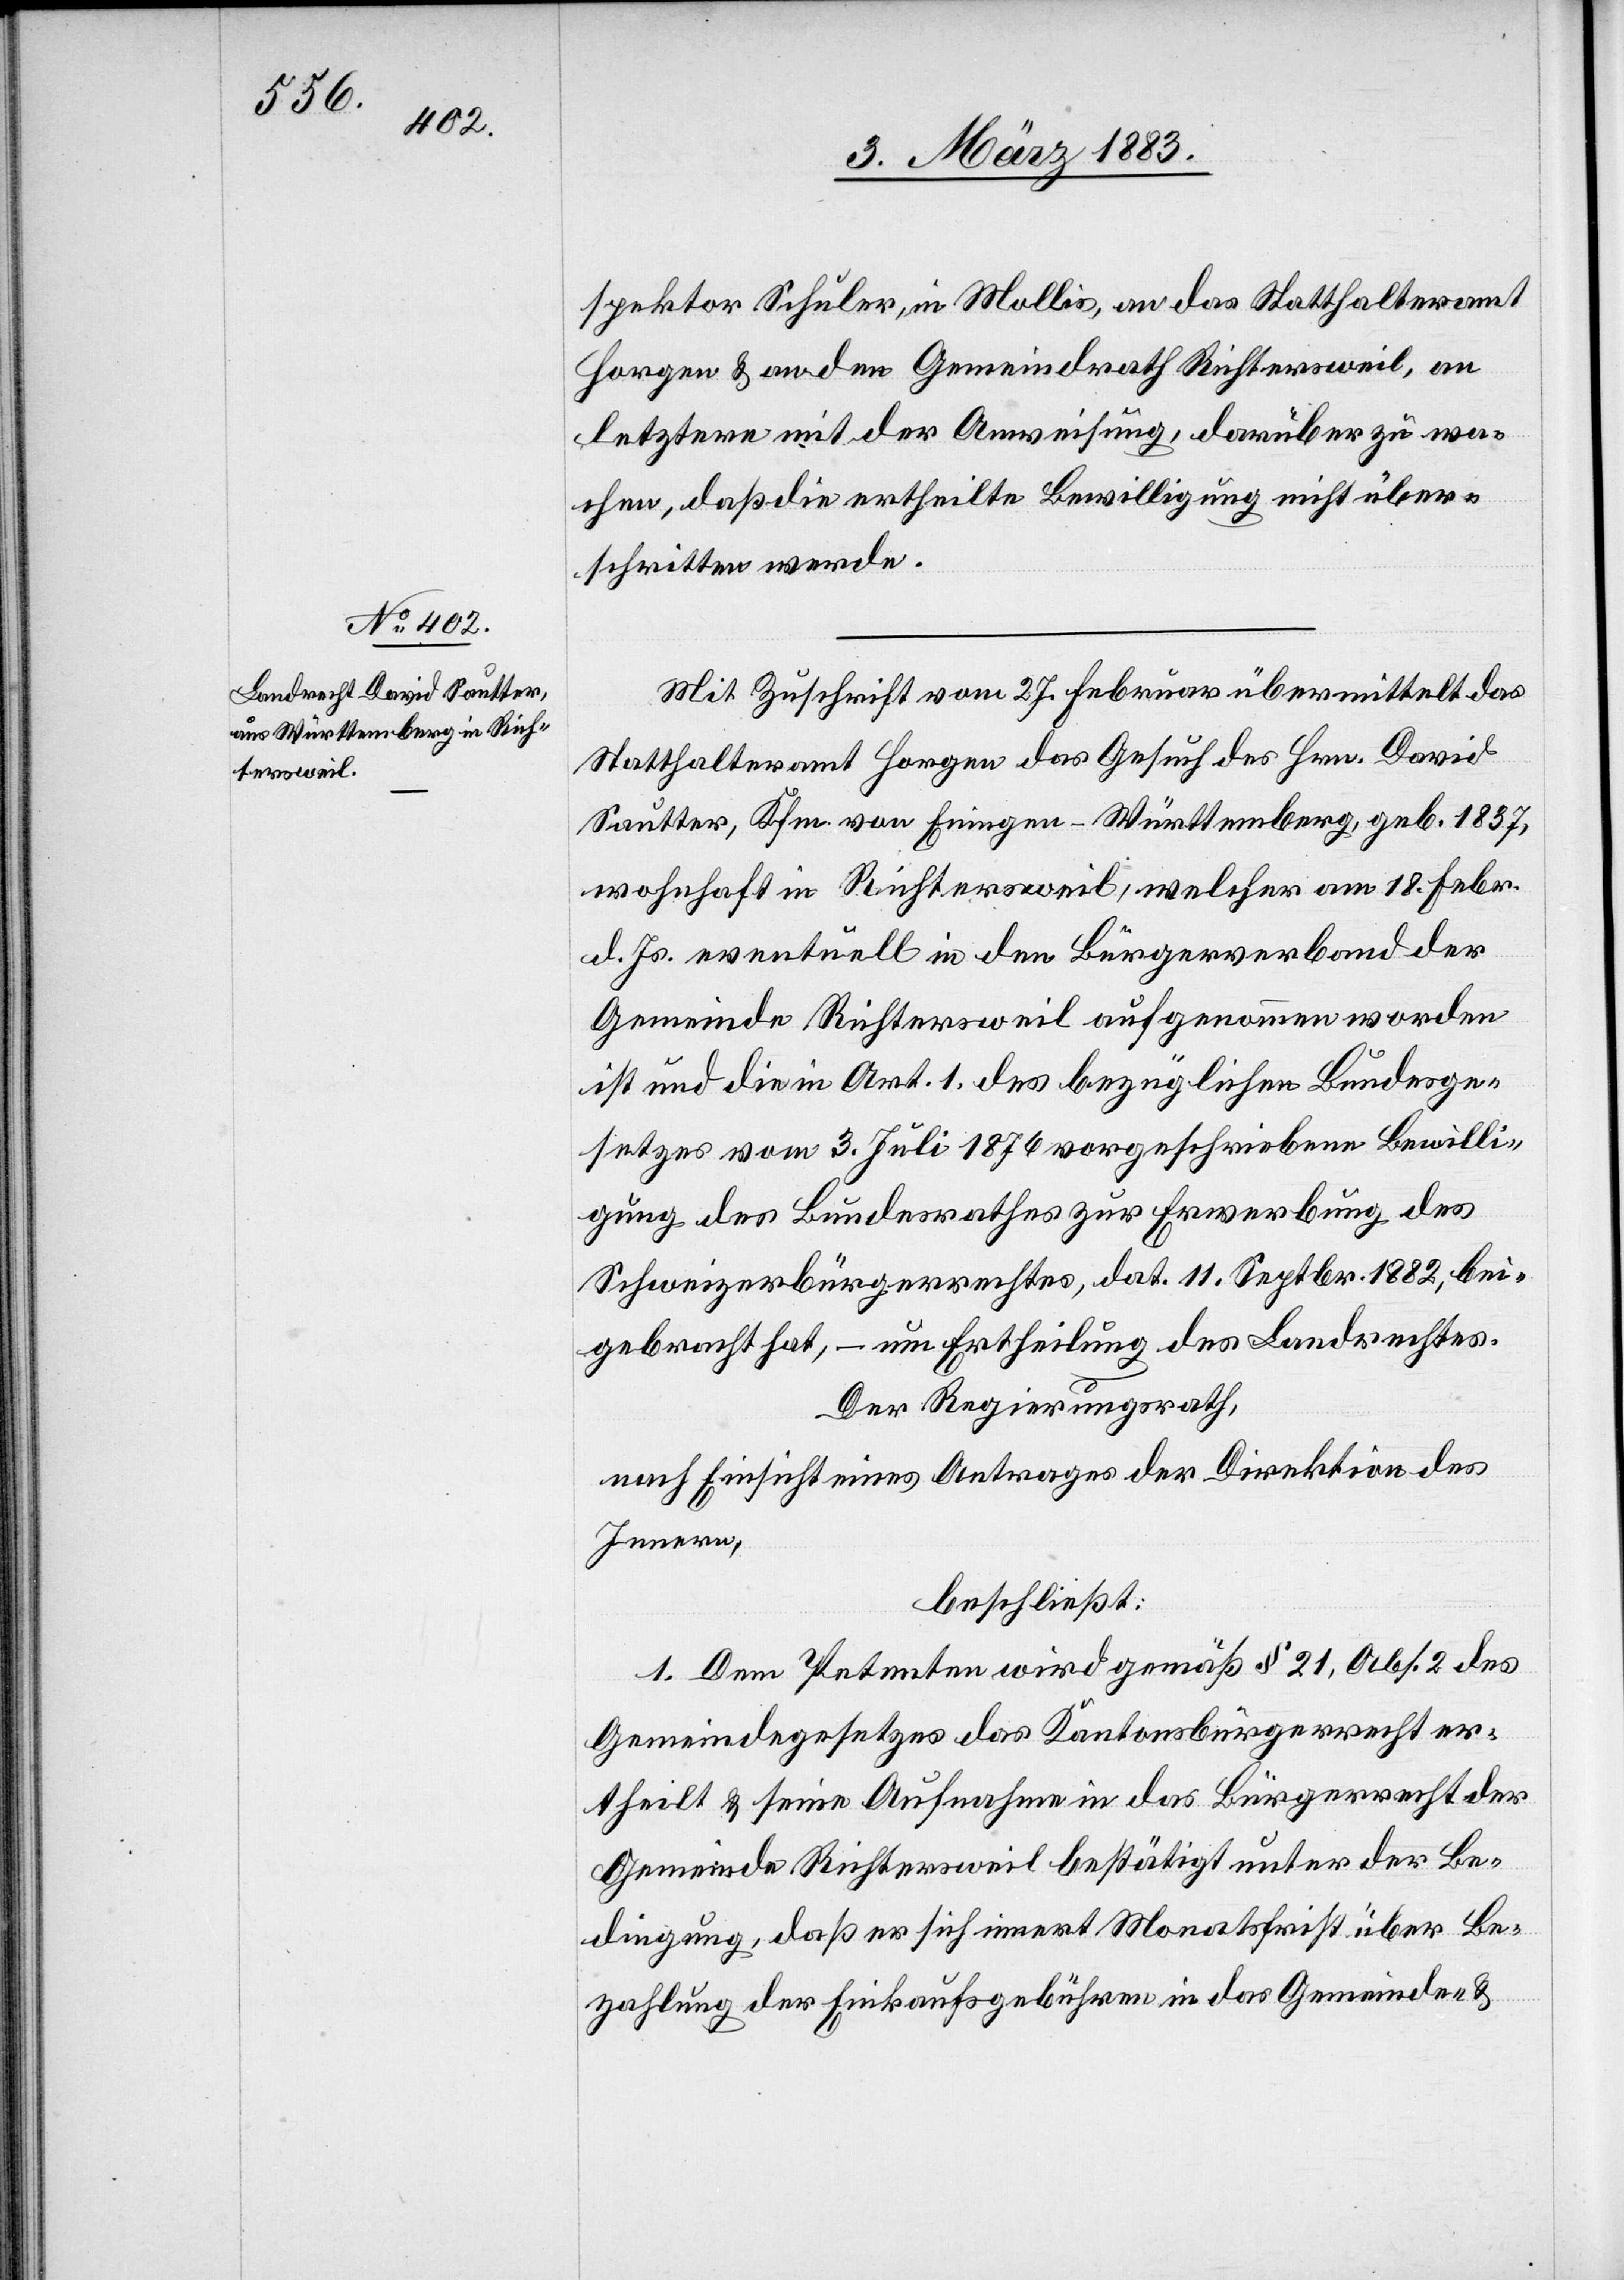
spektor Schuler, in Mollis, an das Statthalteramt
Horgen und den Gemeindrath Richtersweil, an
letztere mit der Anweisung, darüber zu wa¬
chen, daß die ertheilte Bewilligung nicht über¬
schritten werde.
Mit Zuschrift vom 27. Februar übermittelt das
Statthalteramt Horgen das Gesuch des Hrn. David
Sautter, Kfm. von Eningen - Württemberg, geb. 1837,
wohnhaft in Richtersweil, welcher am 18. Febr.
d. Js. eventuell in den Bürgerverband der
Gemeinde Richtersweil aufgenommen worden
ist und die in Art. 1 des bezüglichen Bundesge¬
setzes vom 3. Juli 1876 vorgeschriebene Bewilli¬
gung des Bundesrathes zur Erwerbung des
Schweizerbürgerrechtes, dat. 11. Septbr. 1882, bei¬
gebracht hat, – um Ertheilung des Landrechtes.
Der Regierungsrath,
nach Einsicht eines Antrages der Direktion des
Innern,
beschließt:
1. Dem Petenten wird gemäß § 21, Abs. 2 des
Gemeindegesetzes das Kantonsbürgerrecht er¬
theilt & seine Aufnahme in das Bürgerrecht der
Gemeinde Richtersweil bestätigt unter der Be¬
dingung, daß er sich innert Monatsfrist über Be¬
zahlung der Einkaufsgebühren in das Gemeinde- &